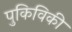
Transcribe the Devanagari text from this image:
पुकिविकी